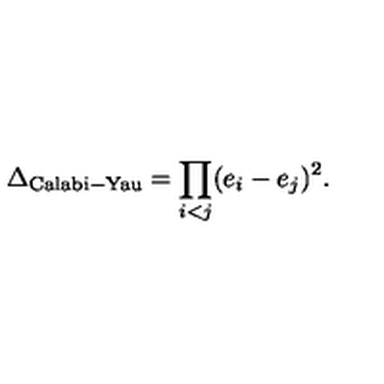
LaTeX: \Delta _ { \mathrm { C a l a b i - Y a u } } = \prod _ { i < j } ( e _ { i } - e _ { j } ) ^ { 2 } .